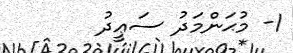
1- މުޙަންމަދު ސަޢީދު